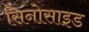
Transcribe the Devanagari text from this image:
सिनोसाइड